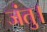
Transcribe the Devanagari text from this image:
जंतु।